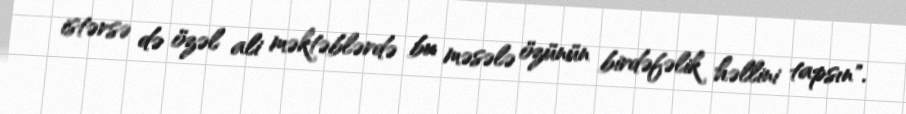
istərsə də özəl ali məktəblərdə bu məsələ özünün birdəfəlik həllini tapsın".